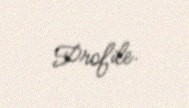
Profile.